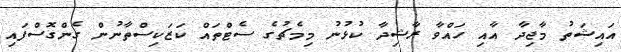
އައިޝަތު މާޖިދާ އާއި ހައްވާ ރާޝިދާ ކުޅުނު މިމެޗުގެ ސެޓްތައް ކަޒަކިސްތާނުން ގެންގޮސްފައި